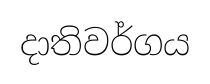
දාතිවර්ගය